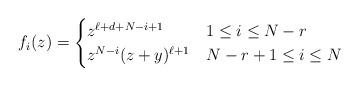
LaTeX: \begin{align*}f_i(z)=\begin{cases}z^{\ell+d+N-i+1}& 1\le i\le N-r\\z^{N-i}(z+y)^{\ell+1}& N-r+1\le i\le N\end{cases}\end{align*}